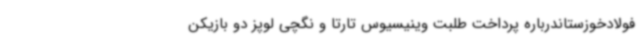
فولادخوزستاندرباره پرداخت طلبت وینیسیوس تارتا و نگچی لوپز دو بازیکن